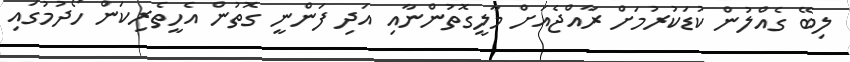
ލިބޭ ގެއްލުން ކުޑަކުރުމަށް ރާއްޖެއަށް މާލީގޮތުންނާއި އަދި ފަންނީ ގޮތުން އެެހީތެރިކަން ހޯދުމުގައި